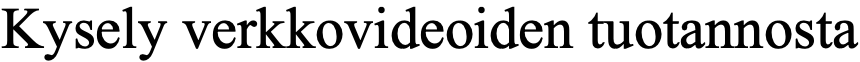
Kysely verkkovideoiden tuotannosta